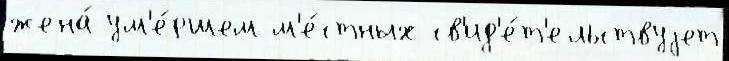
жена́ ум'е́ршем м'е́стных св'ид'е́т'ельствуjет